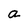
Character: a